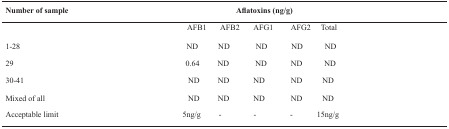
| Number of sample | <COLSPAN=5> Aflatoxins (ng/g) |
 | --- | --- | --- | --- | --- | --- |
 |  | AFB1 | AFB2 | AFG1 | AFG2 | Total |
 | 1-28 | ND | ND | ND | ND | ND |
 | 29 | 0.64 | ND | ND | ND | ND |
 | 30-41 | ND | ND | ND | ND | ND |
 | Mixed of all | ND | ND | ND | ND | ND |
 | Acceptable limit | 5ng/g | - | - | - | 15ng/g |